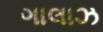
ગાલાઝ